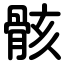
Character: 骸